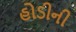
હોડીની